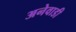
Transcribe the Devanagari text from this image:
अनेवाडी